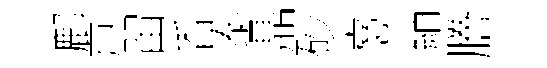
鄜戸㽞香泰鼎砂憙綃謄